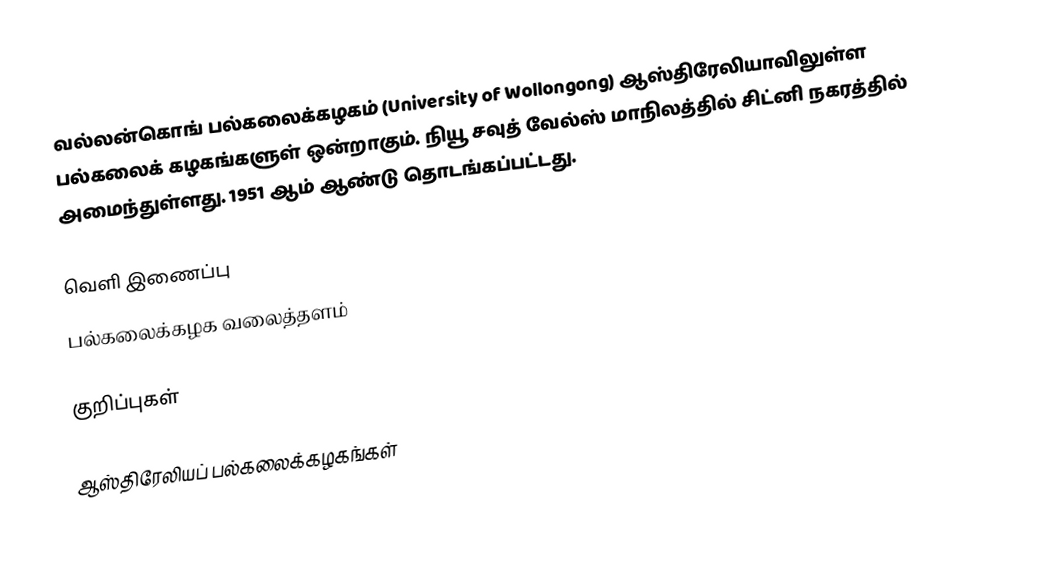
வல்லன்கொங் பல்கலைக்கழகம் (University of Wollongong) ஆஸ்திரேலியாவிலுள்ள பல்கலைக் கழகங்களுள் ஒன்றாகும். நியூ சவுத் வேல்ஸ் மாநிலத்தில் சிட்னி நகரத்தில் அமைந்துள்ளது. 1951 ஆம் ஆண்டு தொடங்கப்பட்டது.

வெளி இணைப்பு
 பல்கலைக்கழக வலைத்தளம்

குறிப்புகள்

ஆஸ்திரேலியப் பல்கலைக்கழகங்கள்